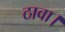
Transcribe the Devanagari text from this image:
ठावा।